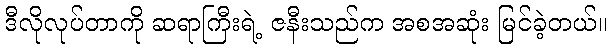
ဒီလိုလုပ်တာကို ဆရာကြီးရဲ့ ဇနီးသည်က အစအဆုံး မြင်ခဲ့တယ်။